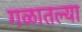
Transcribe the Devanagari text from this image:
गळातल्या